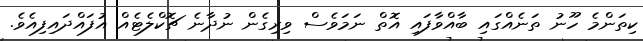
ކިތަންމެ ހޫނު ތަނެއްގައި ބާއްވާފައި އޮތް ނަމަވެސް ވިރިގެން ނުދާނެ ޗޮކްލެޓެއް އުފައްދައިފިއެވެ.